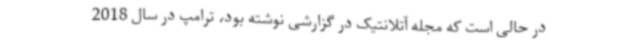
در حالی است که مجله آتلانتیک در گزارشی نوشته بود، ترامپ در سال 2018